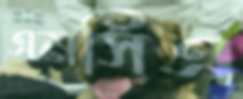
এমসিএ